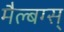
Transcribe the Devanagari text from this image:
मैल्बग्स्